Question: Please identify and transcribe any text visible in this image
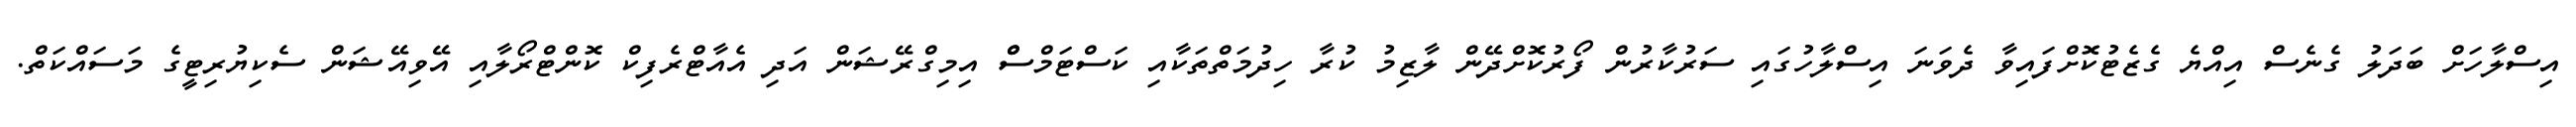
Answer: އިސްލާހަށް ބަދަލު ގެނެސް އިއްޔެ ގެޒެޓުކޮށްފައިވާ ދެވަނަ އިސްލާހުގައި ސަރުކާރުން ފޯރުކޮށްދޭން ލާޒިމު ކުރާ ހިދުމަތްތަކާއި ކަސްޓަމްސްް އިމިގްރޭޝަން އަދި އެއާޓްރެފިކް ކޮންޓްރޯލާއި އޭވިއޭޝަން ސެކިޔުރިޓީގެ މަސައްކަތް.